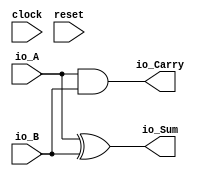
module halfadder(
  input   clock,
  input   reset,
  input   io_A,
  input   io_B,
  output  io_Sum,
  output  io_Carry
);
  assign io_Sum = io_A ^ io_B; // @[halfadder.scala 16:18]
  assign io_Carry = io_A & io_B; // @[halfadder.scala 17:20]
endmodule